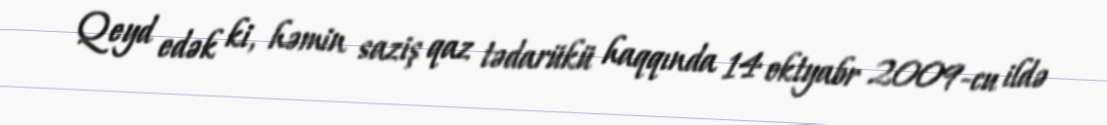
Qeyd edək ki, həmin saziş qaz tədarükü haqqında 14 oktyabr 2009-cu ildə